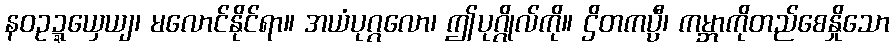
နဝဥဍ္ဍယှေယျ၊ မလောင်နိုင်ရာ။ အယံပုဂ္ဂလော၊ ဤပုဂ္ဂိုလ်ကို။ ဌိတကပ္ပီ၊ ကမ္ဘာကိုတည်စေနှိုသော